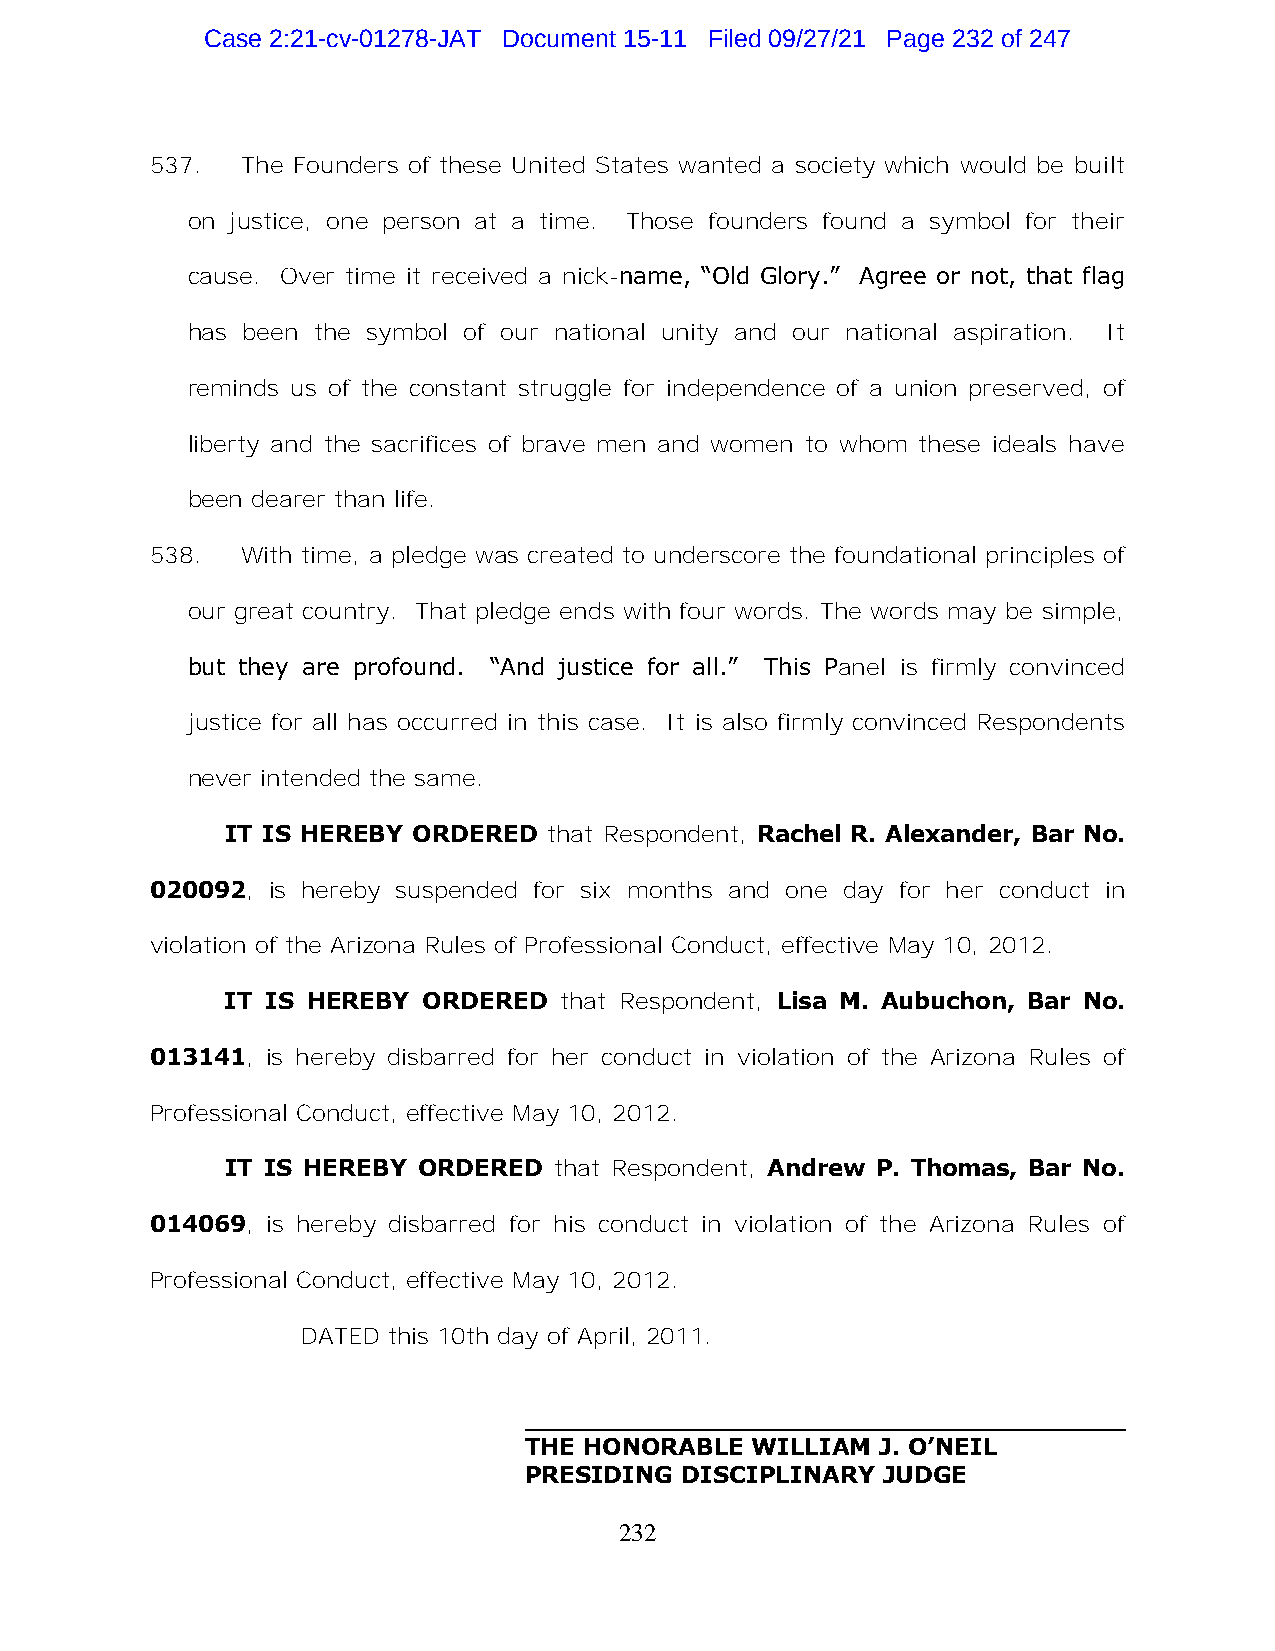
Case 2:21-cv-01278-JAT Document 15-11 Filed 09/27/21 Page 232 of 247
 537.  The Founders of these United States wanted a society which would be built
 on justice, one person at a time. Those founders found a symbol for their
 cause. Over time it received a nick-name, “Old Glory.” Agree or not, that flag
 has been the symbol of our national unity and our national aspiration. It
 reminds us of the constant struggle for independence of a union preserved, of
 liberty and the sacrifices of brave men and women to whom these ideals have
 been dearer than life.
 538.  With time, a pledge was created to underscore the foundational principles of
 our great country. That pledge ends with four words. The words may be simple,
 but they are profound. “And justice for all.” This Panel is firmly convinced
 justice for all has occurred in this case. It is also firmly convinced Respondents
 never intended the same.
 IT IS HEREBY ORDERED that Respondent, Rachel R. Alexander, Bar No.
 020092, is hereby suspended for six months and one day for her conduct in
 violation of the Arizona Rules of Professional Conduct, effective May 10, 2012.
 IT IS HEREBY ORDERED  that Respondent, Lisa M. Aubuchon, Bar No.
 013141, is hereby disbarred for her conduct in violation of the Arizona Rules of
 Professional Conduct, effective May 10, 2012.
 IT IS HEREBY ORDERED  that Respondent, Andrew P. Thomas, Bar No.
 014069, is hereby disbarred for his conduct in violation of the Arizona Rules of
 Professional Conduct, effective May 10, 2012.
 DATED this 10th day of April, 2011.
 THE HONORABLE  WILLIAM J. O’NEIL
 PRESIDING DISCIPLINARY JUDGE
 232